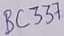
Text: BC337